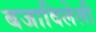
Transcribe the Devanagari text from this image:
बजाविलेली